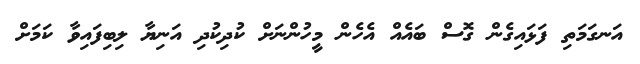
އަނގަމަތި ފަޅައިގެން ގޮސް ބައެއް އެހެން މީހުންނަށް ކުދިކުދި އަނިޔާ ލިބިފައިވާ ކަމަށް